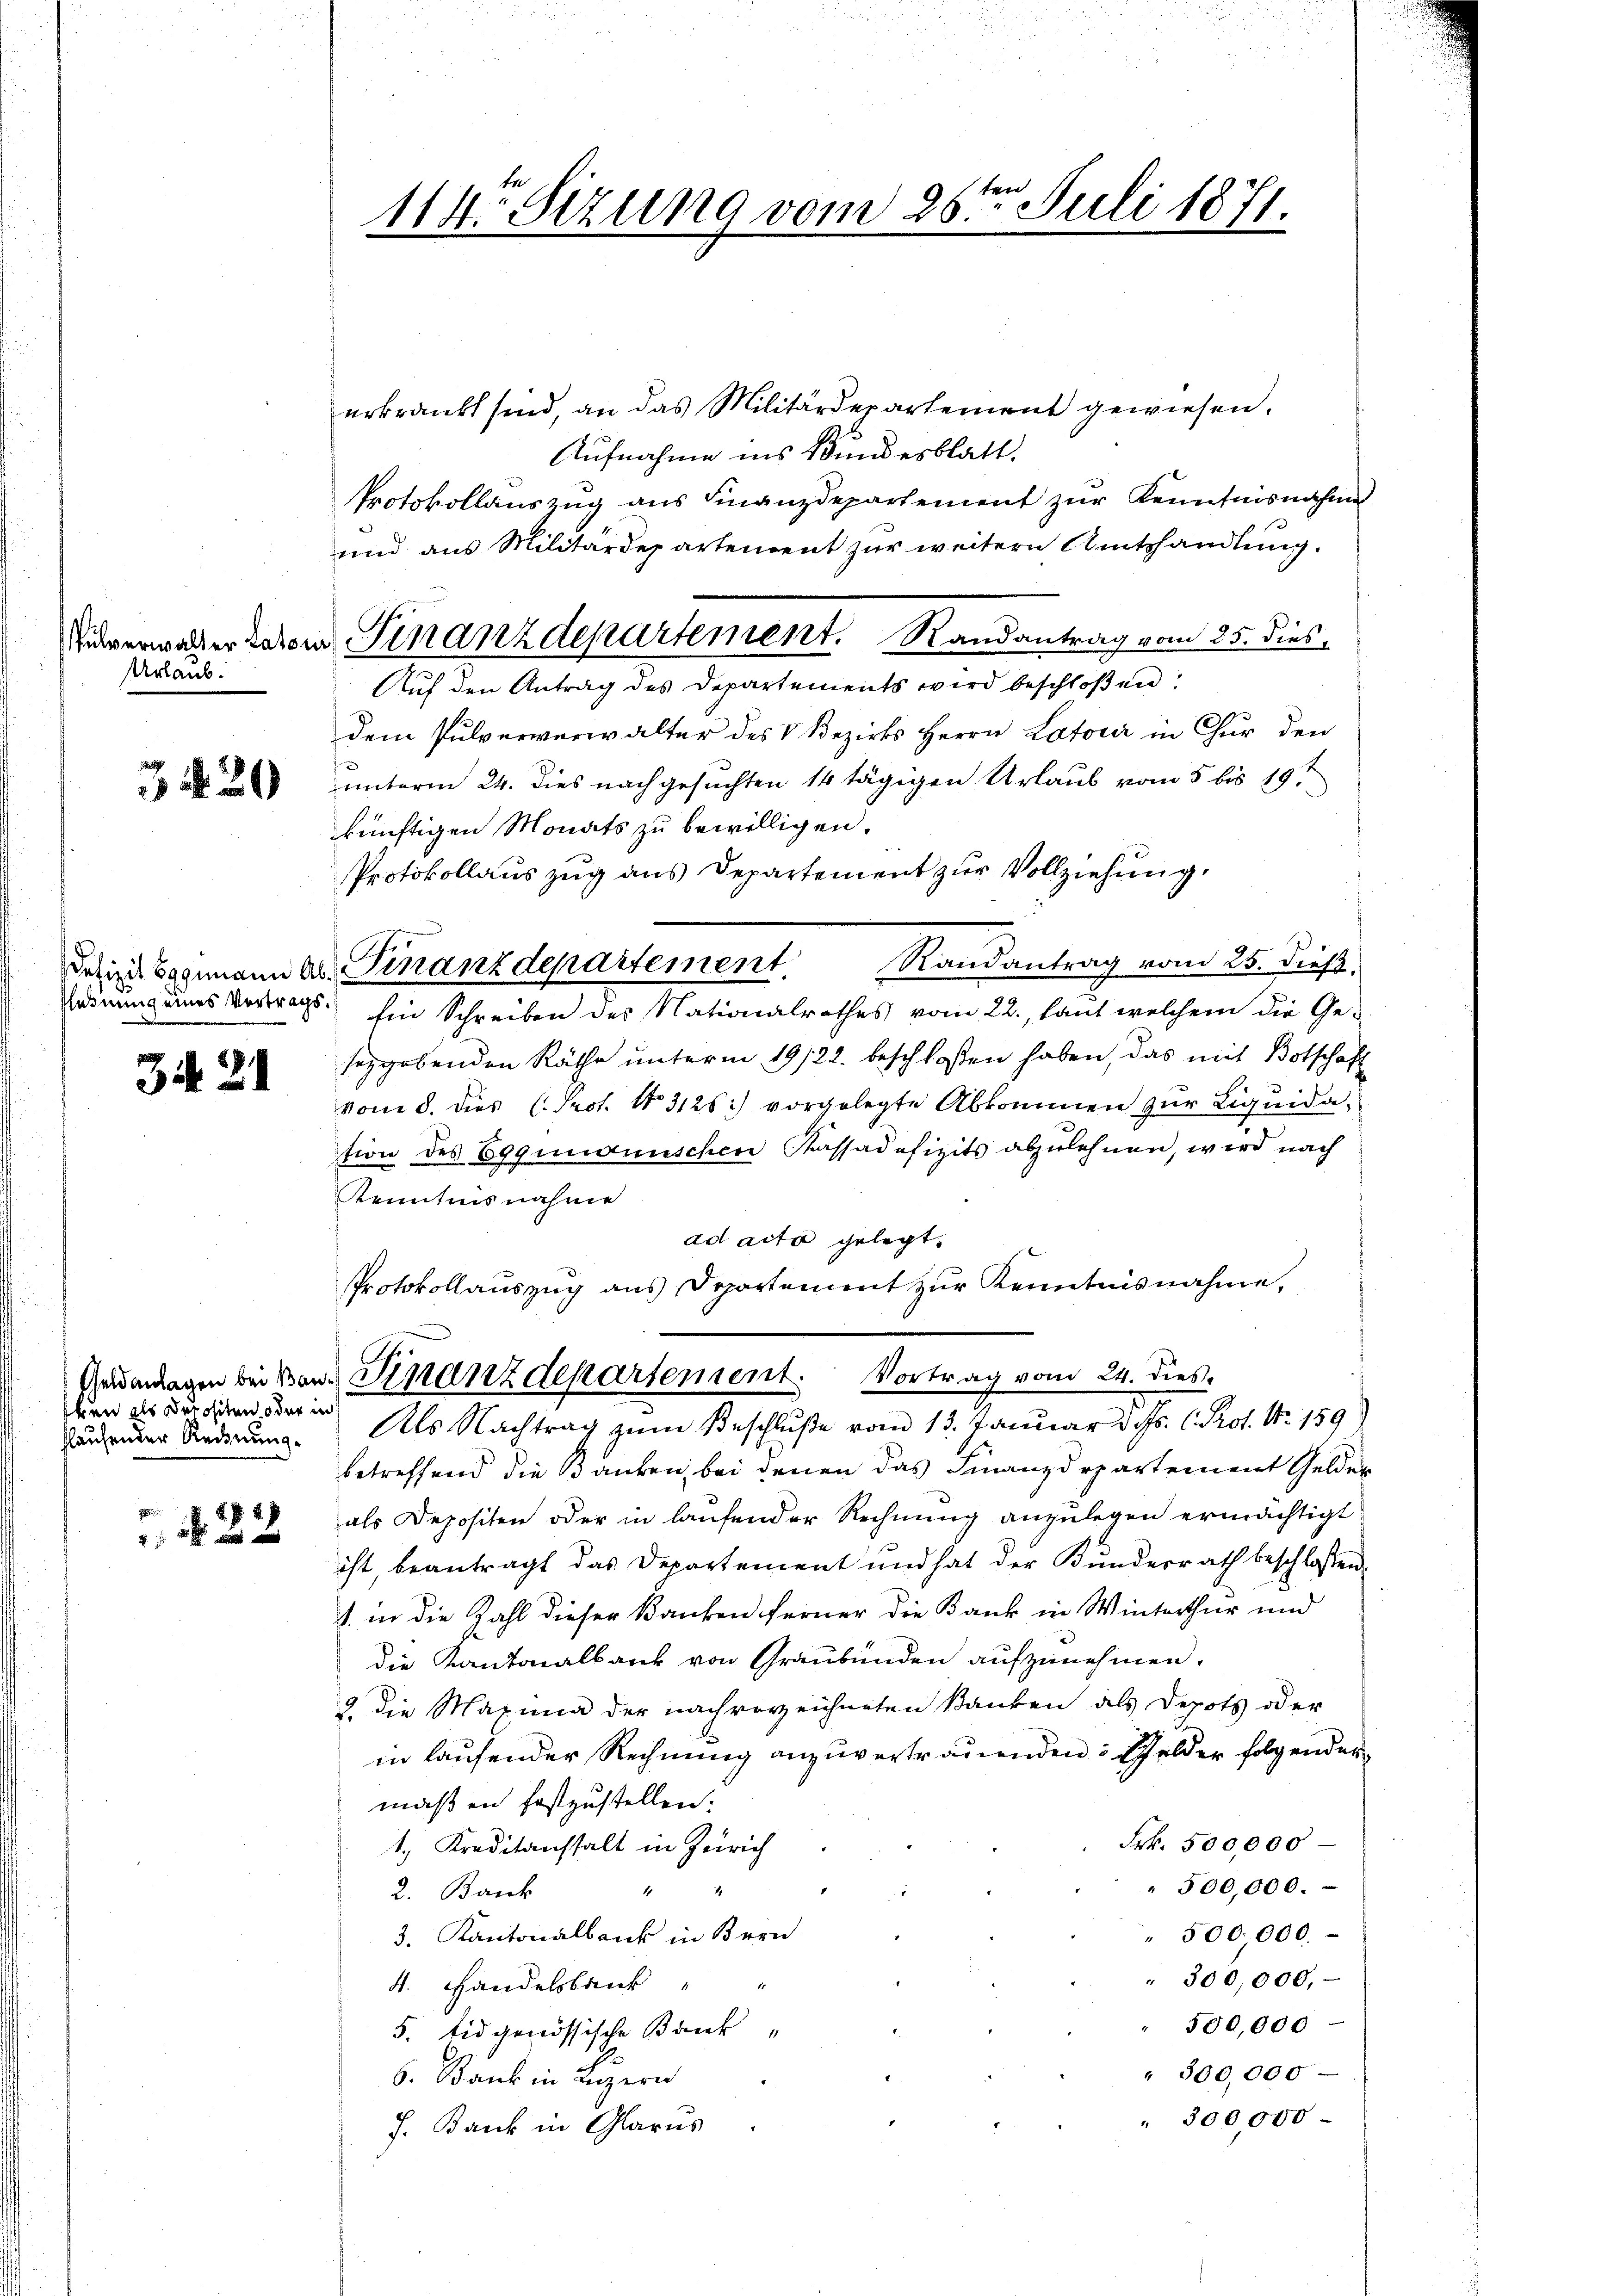
Urlaub.

342

flehnung eines Vortrags.

34. 21

ken als Depositen oder in
flaufender Reinung.

22

erkrankt sind, an das Militärdepartement gewiesen.
Aufnahme ins Bundesblatt.
Protokollauszug aus Finanzdepartement zur Kenntnisnahme
und aus Militärdepartement zur weitern Amtshandlung.
dem Pulververwalter des V. Bezirks Herrn Latoir in Chur den
unterm 24. dies nachgesuchten 14 tägigen Urlaub vom 5 bis 19.
künftigen Monats zu bewilligen.
Protokollauszug aus Departement zur Vollziehung.
seygebenden Räthe unterm 19/22. beschlossen haben, das mit Botschaft
vom 8. dies (Prot. No. 3126) vorgelegte Abkommen zŭr Liquidation des Eggingenschen Kassadefizits abzulehnen, wird nach
Kenntnisnahme
ad acta gelegt.
Protokollauszug aus Departement zŭr Kenntnisnahme,
Gendanlagen bei von Finanzdepartement. Vortrag vom 24. dies
Als Nachtrag zum Beschluße vom 13. Januar d. Js. C. Prot. Nr. 159
betreffend die Banken, bei denen das Finanzdepartement Gelder
als Depositen oder in laufender Rechnung anzulegen ermächtigt
ist, beantragt das Departement und hat der Bunderrath beschlossen.
1. in die Zahl dieser Banken ferner die Bank in Winterthur und
die Kantonalbank von Graubünden aufzunehmen.
2 die Marina der nach vorzeichneten Banken als Depots oder
in laufender Rechnung anzuvertrauenden: Gelder folgender
maßen festzustellen.
Frk. 500,000
1. Kreditanstalt in Zürich
" 500,000.
2. Bank
3. Kantonalbank in Bern
500,000.
300,000,
4. Handelsbank
500,000
5. Eidgenössische Bank-
" 300,000
6. Bank in Luzern
" 300,000
J. Bank in Glarus

114. Sizung vom 25ten Juli 1871.

Rikverwalter davon Finanzdepartement. Randantrag vom 25. dies
Auf den Antrag des Departements wird beschloßen:

Desins Hagemann ab. Finanzdepartement. Randantrag vom 25. dieß.
Ein Schreiben des Nationalrathes vom 22., laut welchem die Ge-